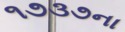
૧૭૩૭ના